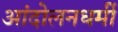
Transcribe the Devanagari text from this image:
आंदोलनधर्मी